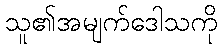
သူ၏အမျက်ဒေါသကို